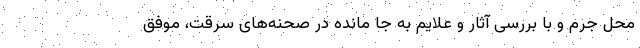
محل جرم و با بررسی آثار و علایم به جا مانده در صحنه‌های سرقت، موفق